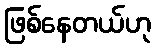
ဖြစ်နေတယ်ဟု